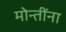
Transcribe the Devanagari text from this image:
मोन्तींना